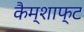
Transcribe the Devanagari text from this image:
कैम्शाफ्ट